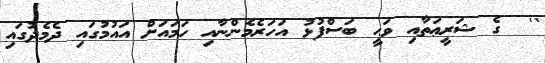
''  ގެ ޝަރީޢަތާއި ވަޙީ ބަސްފުޅު އަހަރެމެންނާއި ހަމައަށް އައުމުގައި ދެމެދުގައި